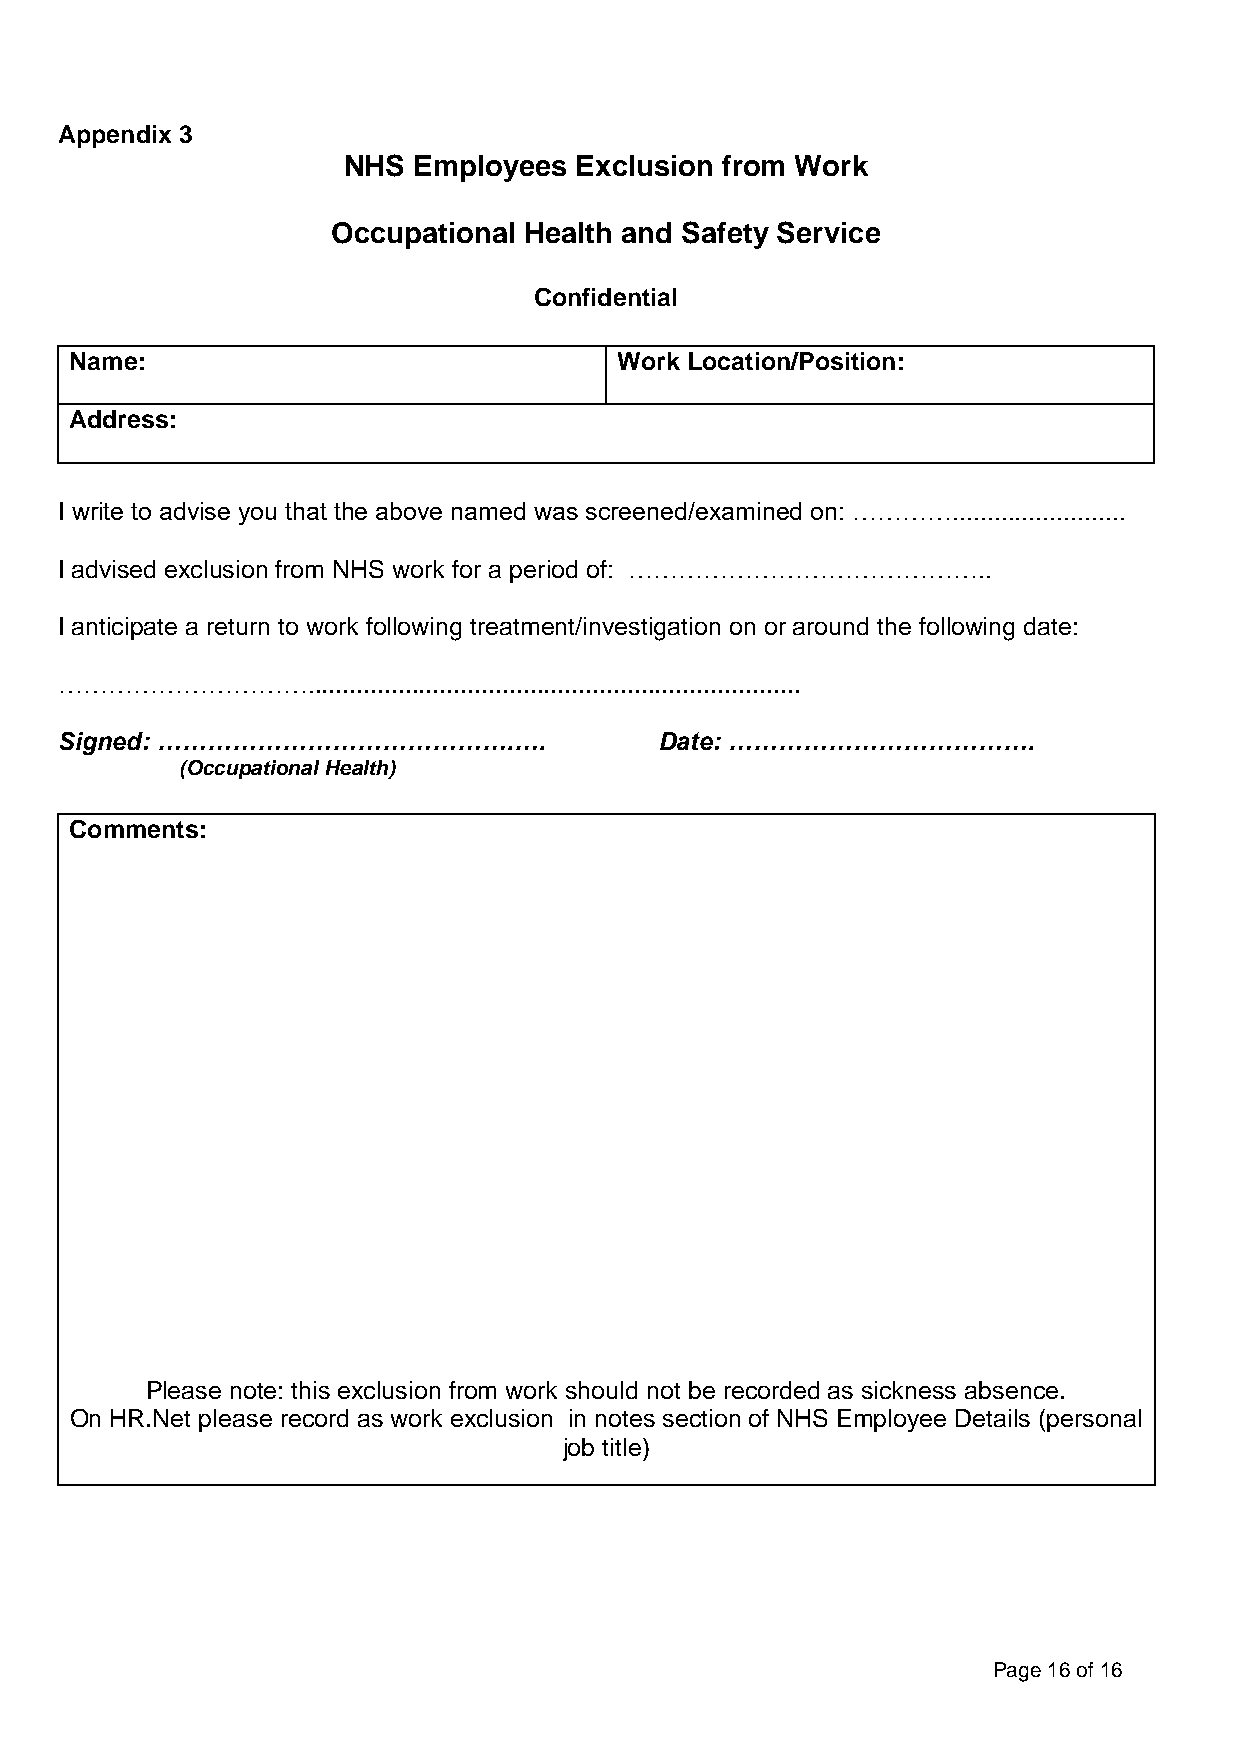
Appendix 3
 Appendix 3
 NHS Employees  Exclusion from Work
 Occupational Health and Safety Service
 Confidential
 Nam e:                              Work Location/Position:
 Address:
 I write to advise you that the above named was screened/examined on: ………….........................
 I advis ed exclusion from NHS work for a period of: ……………………………………..
 I anticipate a return to work following treatment/investigation on or around the following date:
 ………………………….......................................................................
 Signed: …………………………………….….               Date: ……………………………….
 (Occupational Health)
 Com ments:
 Please note: this exclusion from work should not be recorded as sickness absence.
 On HR.Net please record as work exclusion in notes section of NHS Employee Details (personal
 job title)
 :
 Page 16 of 16